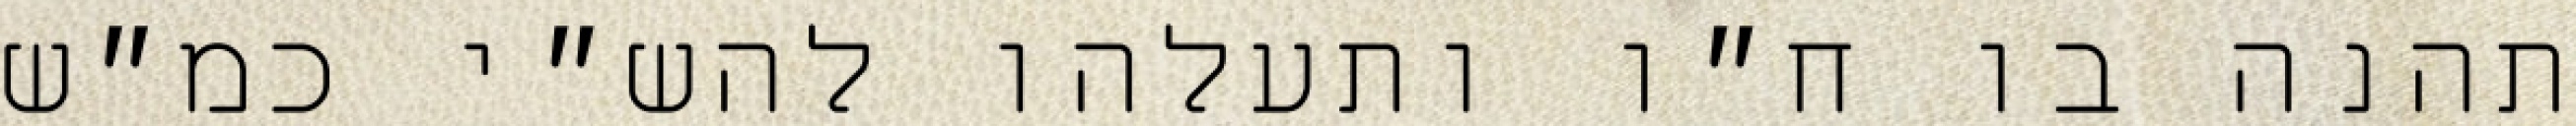
תהנה בו ח״ו ותעלהו להש״י כמ״ש